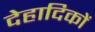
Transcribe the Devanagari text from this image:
देहादिकों